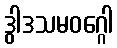
ဒွါဒသမဝဂ္ဂေါ